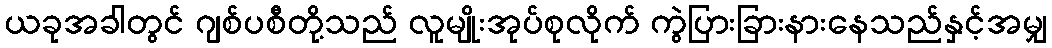
ယခုအခါတွင် ဂျစ်ပစီတို့သည် လူမျိုးအုပ်စုလိုက် ကွဲပြားခြားနားနေသည်နှင့်အမျှ